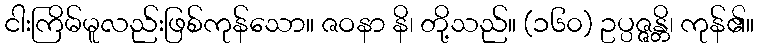
ငါးကြိမ်မူလည်းဖြစ်ကုန်သော။ ဇဝနာ နိ၊ တို့သည်။ (၁၆၀) ဥပ္ပဇ္ဇန္တိ၊ ကုန်၏။